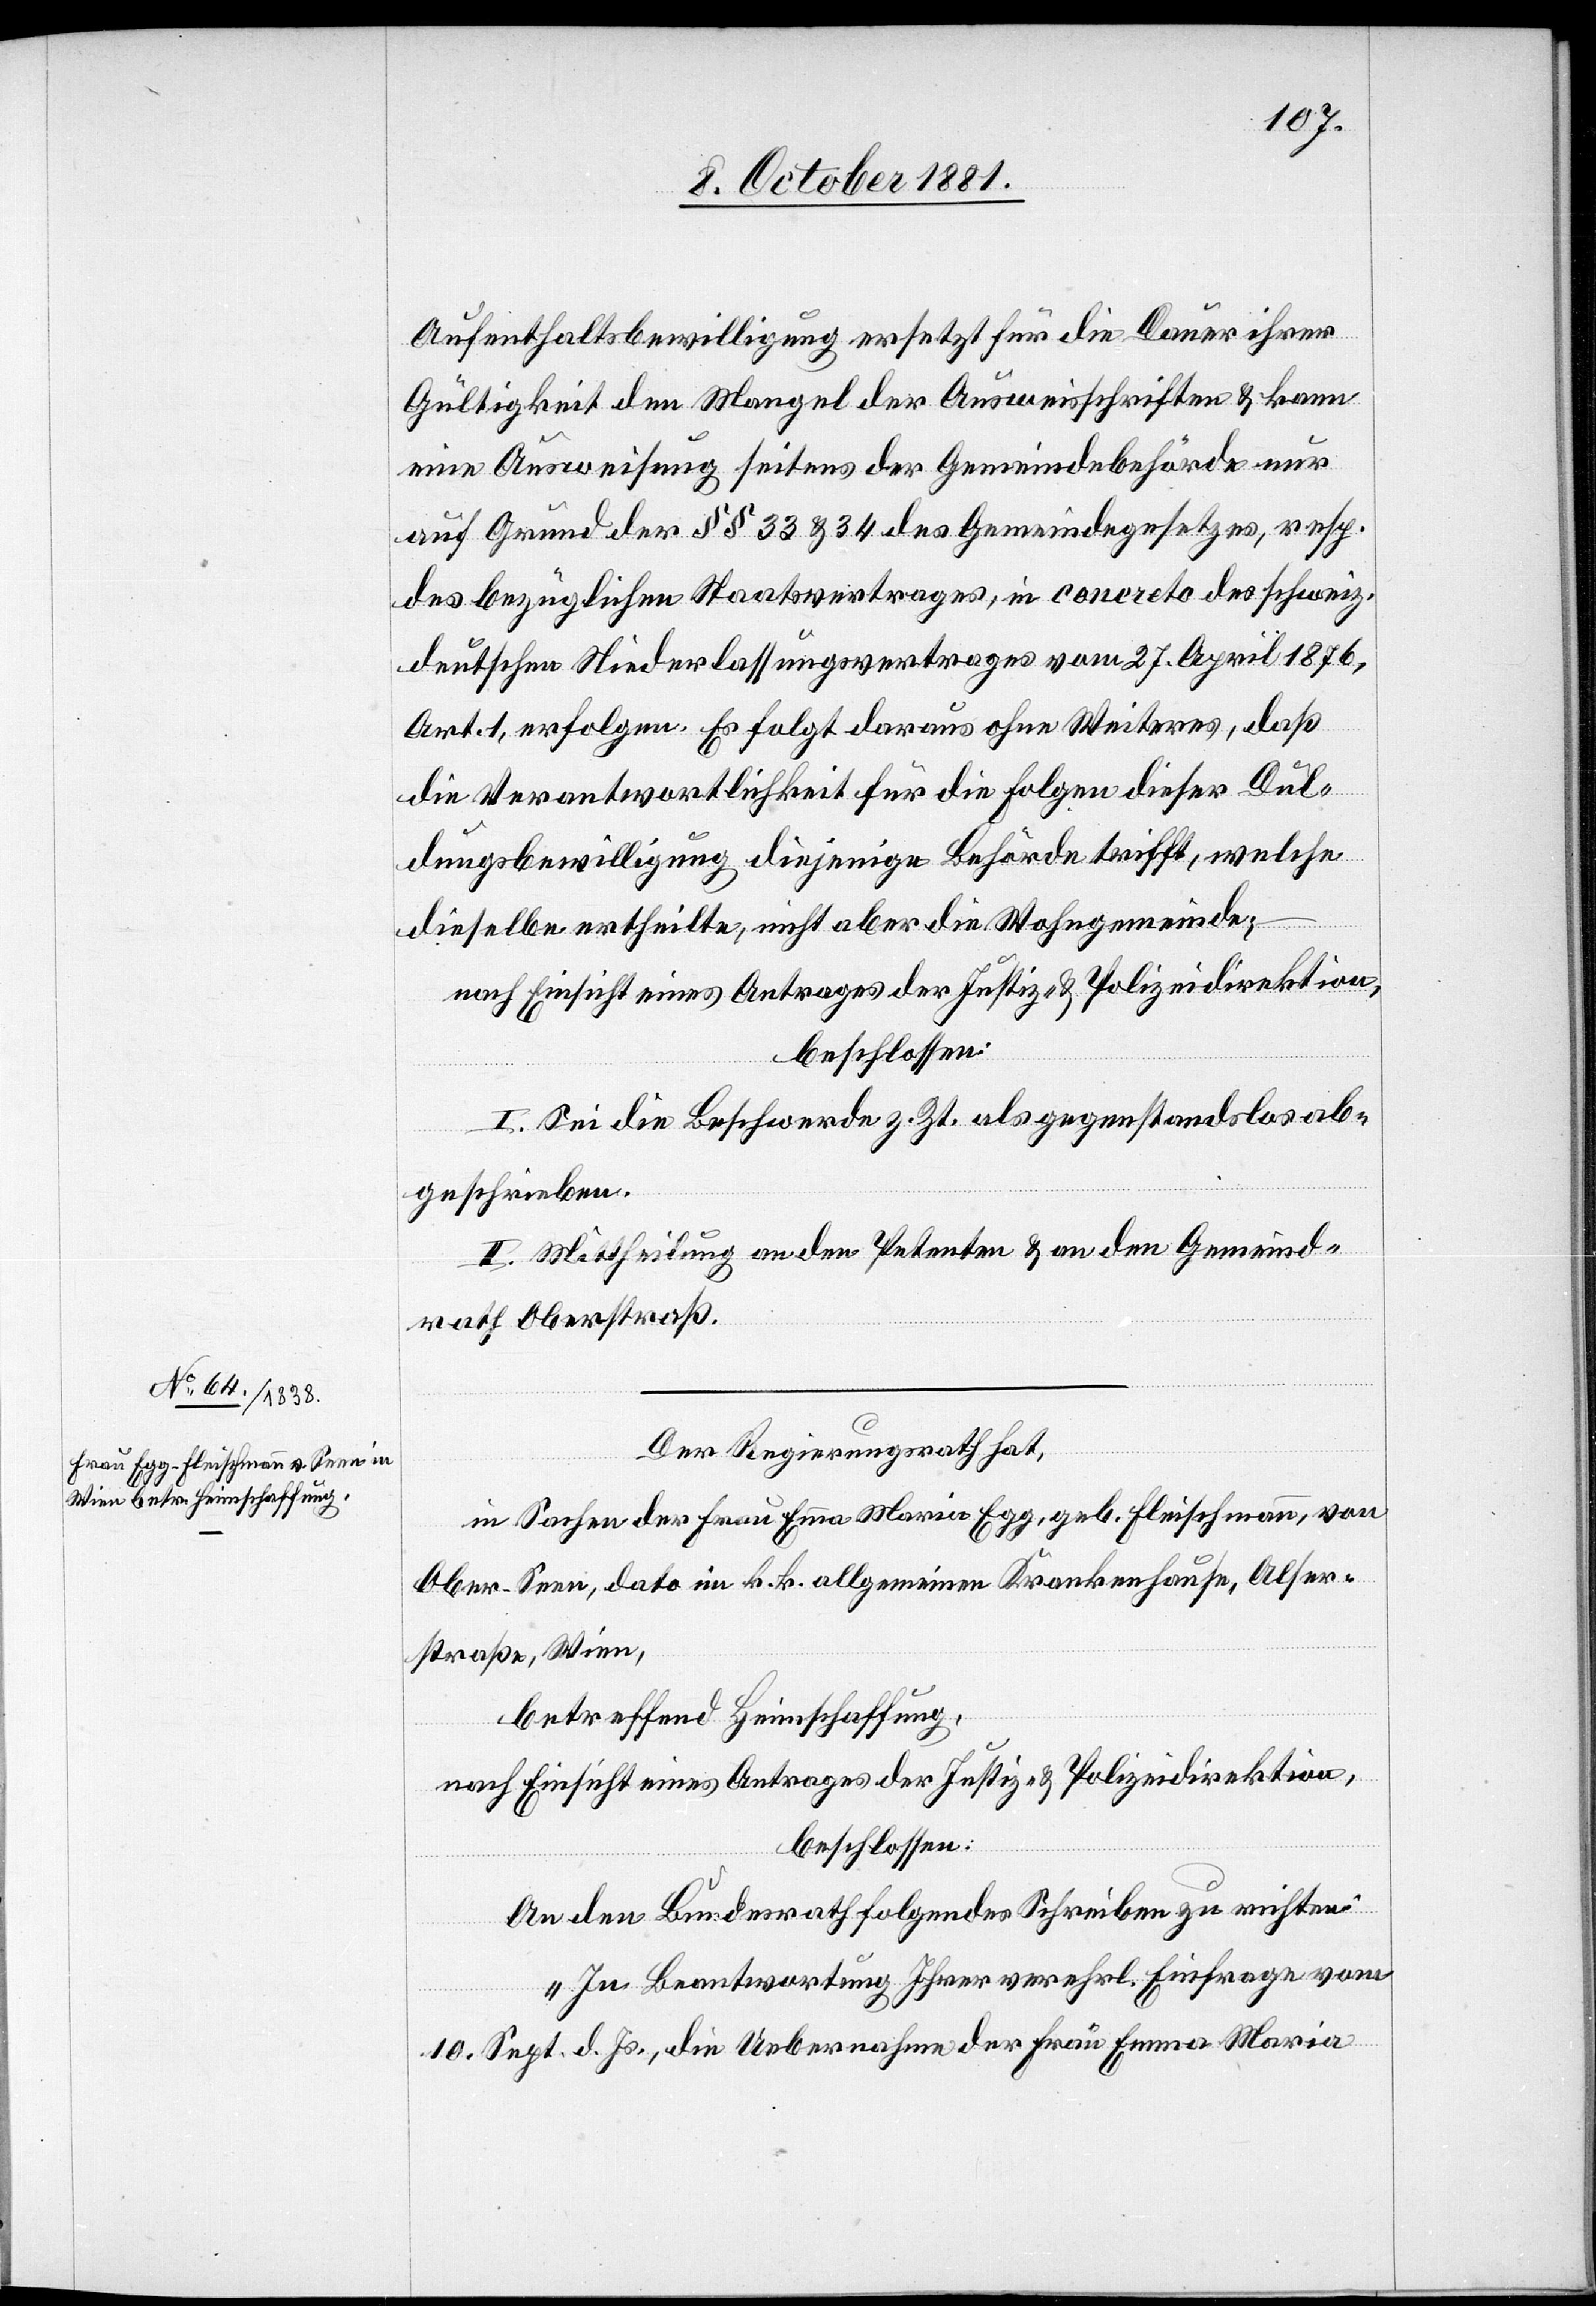
Aufenthaltsbewilligung ersetzt für die Dauer ihrer
Gültigkeit den Mangel der Ausweisschriften & kann
eine Ausweisung seitens der Gemeindebehörde nur
auf Grund der §§ 33 & 34 des Gemeindegesetzes, resp.
des bezüglichen Staatsvertrages, in concreto des schweiz.
deutschen Niederlassungsvertrages vom 27. April 1876,
Art. 1, erfolgen. Es folgt daraus ohne Weiteres, daß
die Verantwortlichkeit für die Folgen dieser Dul¬
dungsbewilligung diejenige Behörde trifft, welche
dieselbe ertheilte, nicht aber die Wohngemeinde;
nach Einsicht eines Antrages der Justiz- & Polizeidirektion,
beschlossen:
I. Sei die Beschwerde z. Zt. als gegenstandslos ab¬
geschrieben.
II. Mittheilung an den Petenten & an den Gemeind¬
rath Oberstraß.
Der Regierungsrath hat,
in Sachen der Frau Emma Maria Egg, geb. Fleischmann, von
Ober-Seen, dato im k. k. allgemeinen Krankenhause, Alser¬
straße, Wien,
betreffend Heimschaffung,
nach Einsicht eines Antrages der Justiz- & Polizeidirektion,
beschlossen:
An den Bundesrath folgendes Schreiben zu richten:
„In Beantwortung Ihrer verehrl. Einfrage vom
10. Sept. d. Js., die Uebernahme der Frau Emma Maria